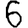
Digit: 6